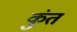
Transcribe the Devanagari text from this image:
कुंत